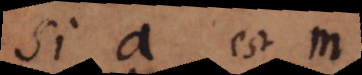
Si a est m